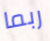
ربما